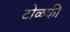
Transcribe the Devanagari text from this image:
टोळकी